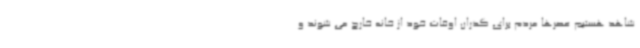
شاهد هستیم عصرها مردم برای گذران اوقات خود از خانه خارج می شوند و